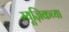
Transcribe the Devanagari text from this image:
म्यूज़िकच्या